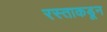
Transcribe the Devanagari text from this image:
रस्ताकडून